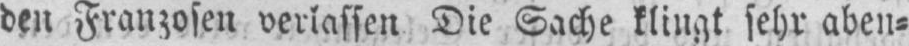
den Franzosen verlassen. Die Sache klingt sehr aben⸗